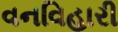
વનવિહારી